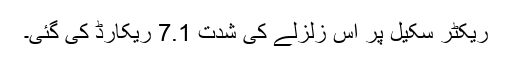
ریکٹر سکیل پر اس زلزلے کی شدت 7.1 ریکارڈ کی گئی۔